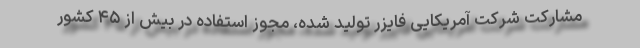
مشارکت شرکت آمریکایی فایزر تولید شده، مجوز استفاده در بیش از ۴۵ کشور